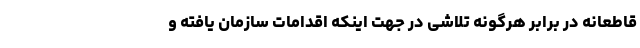
قاطعانه در برابر هرگونه تلاشی در جهت اینکه اقدامات سازمان یافته و